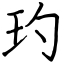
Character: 玓